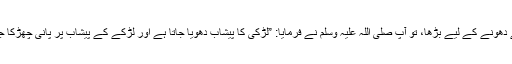
میں اسے دھونے کے لیے بڑھا، تو آپ صلی اللہ علیہ وسلم نے فرمایا: ”لڑکی کا پیشاب دھویا جاتا ہے اور لڑکے کے پیشاب پر پانی چھڑکا جاتا ہے“۔